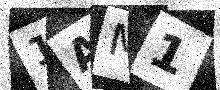
Text: 1AM1